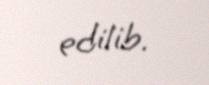
edilib.